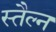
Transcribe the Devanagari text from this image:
स्तैल्न